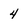
Character: 4